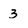
Character: 3